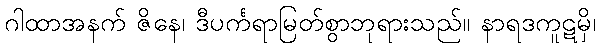
ဂါထာအနက် ဇိနေ၊ ဒီပင်္ကရာမြတ်စွာဘုရားသည်။ နာရဒကူဋမှိ၊